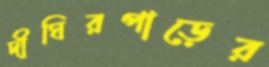
দীঘিরপাড়ের